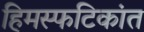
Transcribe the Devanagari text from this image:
हिमस्फटिकांत